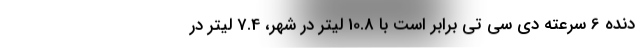
دنده 6 سرعته دی سی تی برابر است با 10.8 لیتر در شهر، 7.4 لیتر در